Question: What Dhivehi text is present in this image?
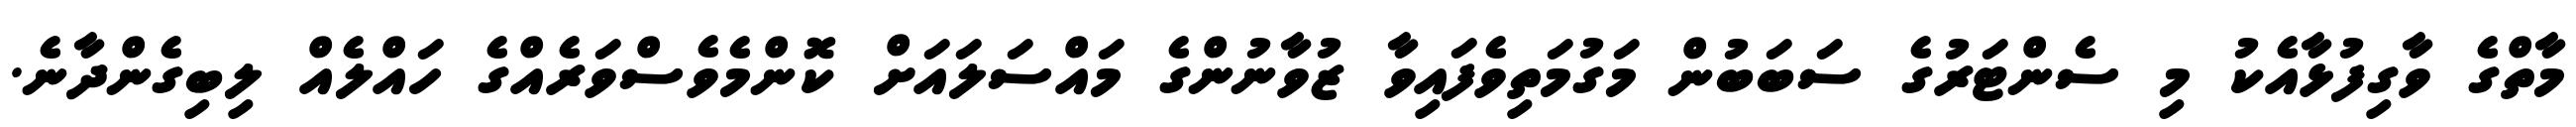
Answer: މާތްގެ ވާގިފުޅާއެކު މި ސެންޓަރުގެ ސަބަބުން މަގުމަތިވެފައިވާ ޒުވާނުންގެ މައްސަލައަށް ކޮންމެވެސްވަރެއްގެ ހައްލެއް ލިބިގެންދާނެ.